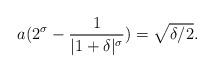
LaTeX: \begin{align*}a(2^\sigma-\frac{1}{|1+\delta|^\sigma})=\sqrt{\delta/2}.\end{align*}